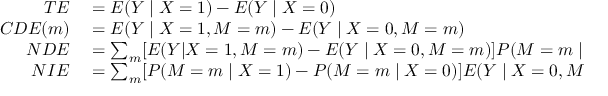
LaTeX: \begin{array} { r l } { T E } & { { } = E ( Y \mid X = 1 ) - E ( Y \mid X = 0 ) } \\ { C D E ( m ) } & { { } = E ( Y \mid X = 1 , M = m ) - E ( Y \mid X = 0 , M = m ) } \\ { N D E } & { { } = \sum _ { m } [ E ( Y | X = 1 , M = m ) - E ( Y \mid X = 0 , M = m ) ] P ( M = m \mid X = 0 ) } \\ { N I E } & { { } = \sum _ { m } [ P ( M = m \mid X = 1 ) - P ( M = m \mid X = 0 ) ] E ( Y \mid X = 0 , M = m ) . } \end{array}